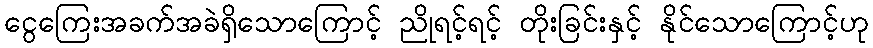
ငွေကြေးအခက်အခဲရှိသောကြောင့် ညိုရင့်ရင့် တိုးခြင်းနှင့် နိုင်သောကြောင့်ဟု